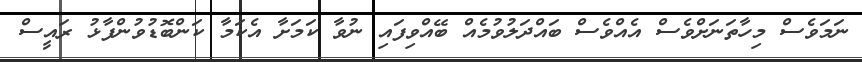
ނަމަވެސް މިހާތަނަށްވެސް އެއްވެސް ބައްދަލުވުމެއް ބޭއްވިފައި ނުވާ ކަމަށާ އެކަމާ ކަންބޮޑުވުންފާޅު ރައީސް